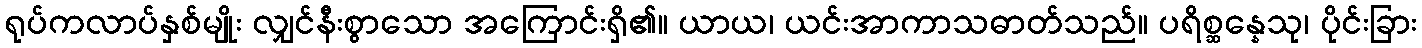
ရုပ်ကလာပ်နှစ်မျိုး လျှင်နီးစွာသော အကြောင်းရှိ၏။ ယာယ၊ ယင်းအာကာသဓာတ်သည်။ ပရိစ္ဆန္နေသု၊ ပိုင်းခြား